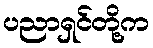
ပညာရှင်တို့က